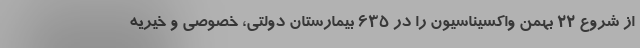
از شروع ۲۲ بهمن واکسیناسیون را در ۶۳۵ بیمارستان دولتی، خصوصی و خیریه